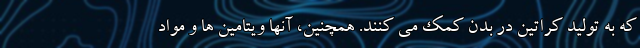
که به تولید کراتین در بدن کمک می کنند. همچنین، آنها ویتامین ها و مواد